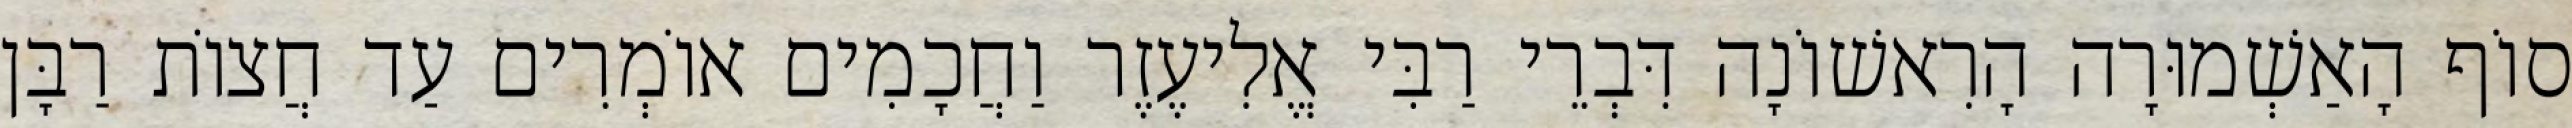
סוֹף הָאַשְׁמוּרָה הָרִאשׁוֹנָה דִּבְרֵי רַבִּי אֱלִיעֶזֶר וַחֲכָמִים אוֹמְרִים עַד חֲצוֹת רַבָּן